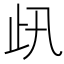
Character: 𣥇